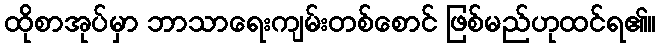
ထိုစာအုပ်မှာ ဘာသာရေးကျမ်းတစ်စောင် ဖြစ်မည်ဟုထင်ရ၏။